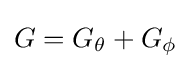
G=G_{\theta }+G_{\phi }